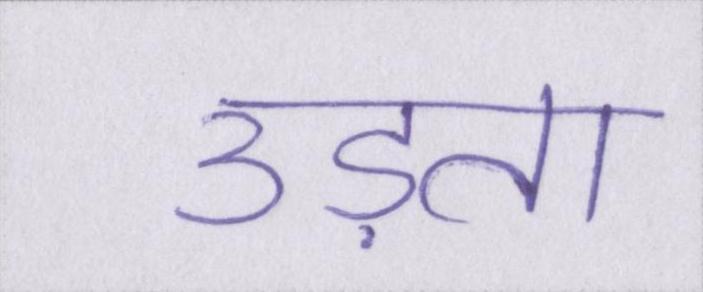
उड़ता